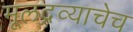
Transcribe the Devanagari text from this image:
मूलद्रव्याचेच